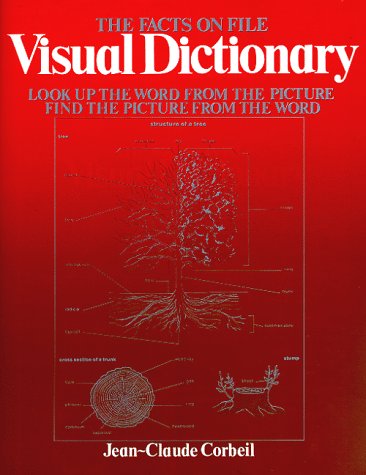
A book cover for Visual Dictionary (Facts on File); Jean-Claude Corbeil; Reference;